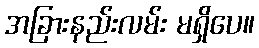
အခြားနည်းလမ်း မရှိပေ။